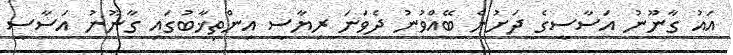
އައު ގާނޫނު އަސާސީގެ ދަށުން ބޭއްވުނު ދެވަނަ ރިޔާސީ އިންތިޚާބުގައި ގާނޫނު އަސާސީ